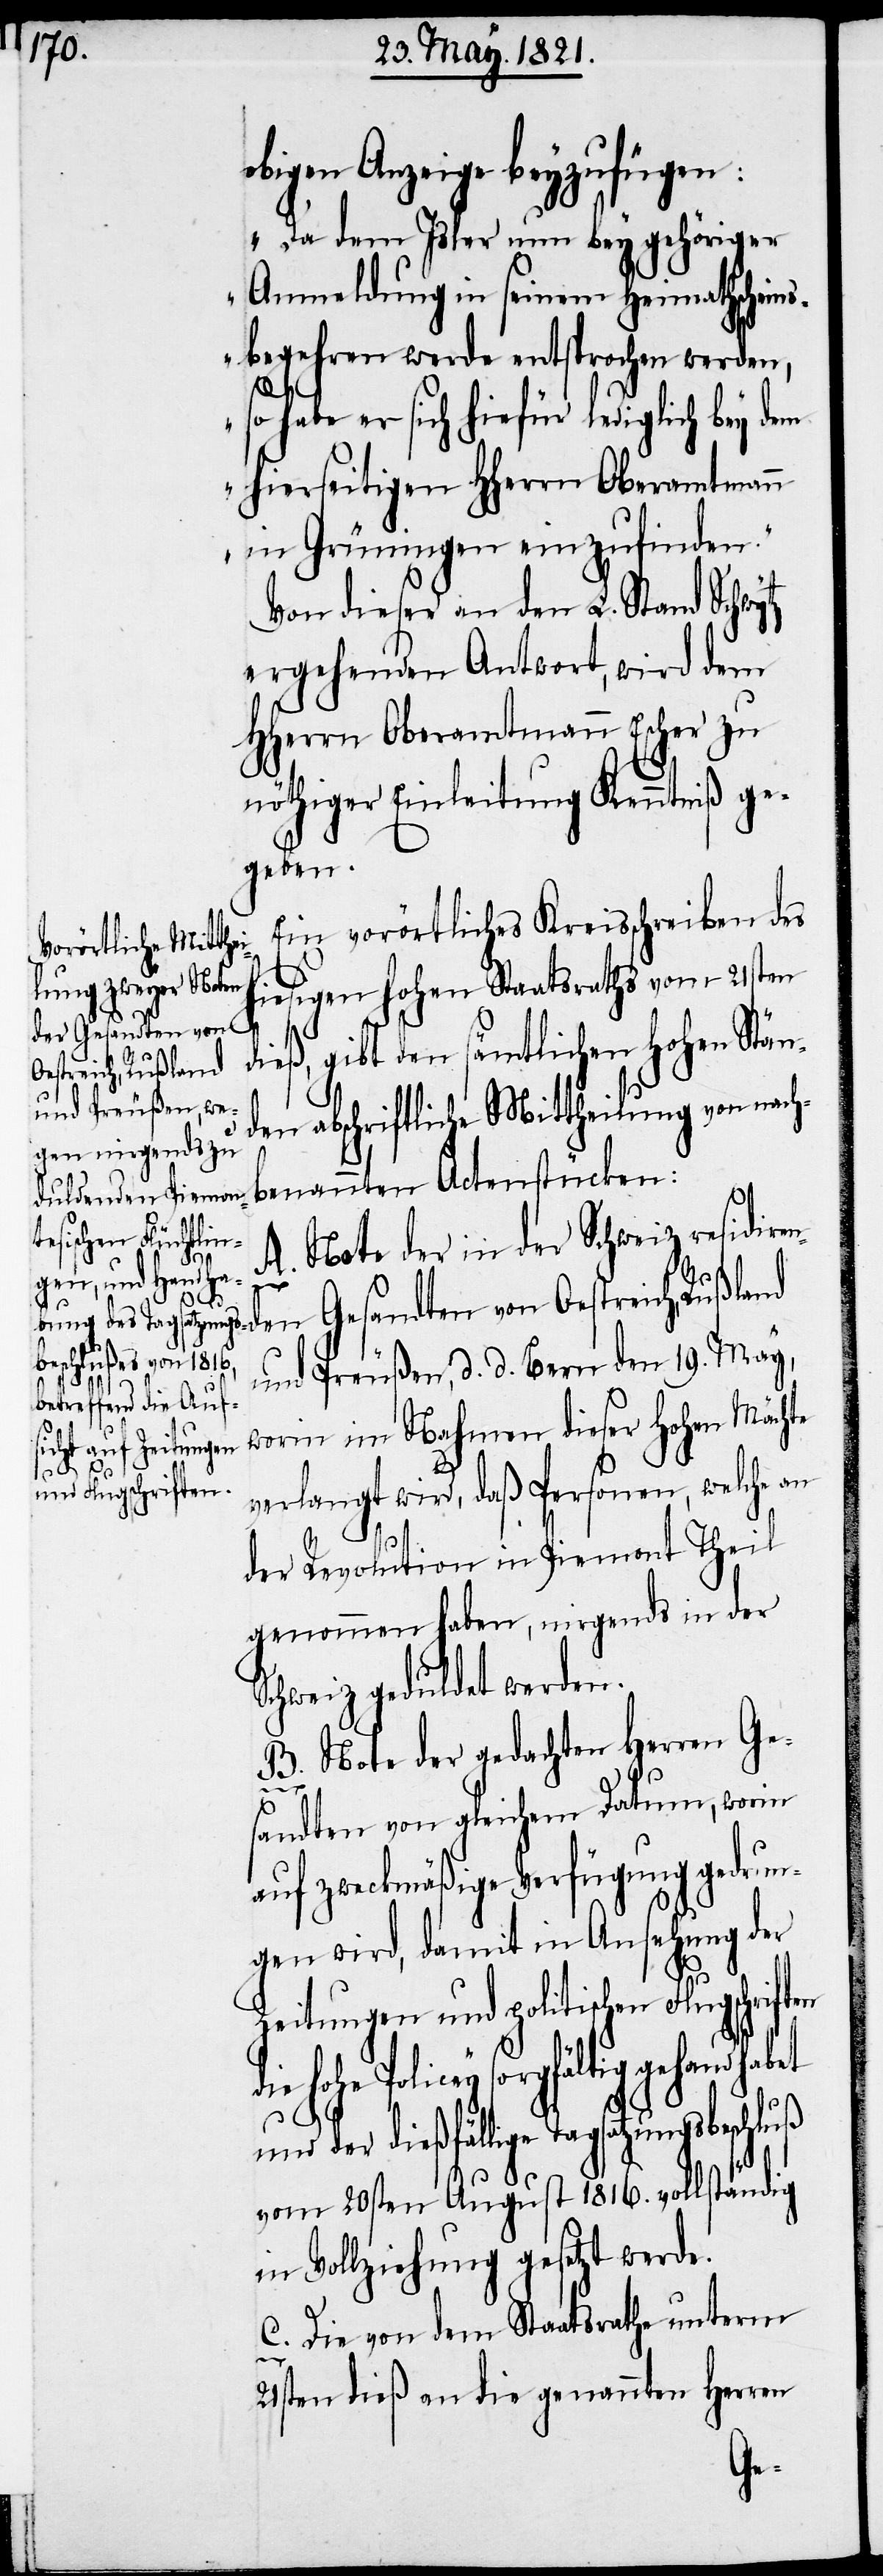
obigen Anzeige beyzufügen:
„Da dem Isler nun bey gehöriger
Anmeldung in seinem Heimathscheins¬
begehren werde entsprochen werden,
so habe er sich hiefür lediglich bey dem
hierseitigen HHerrn Oberamtmann
in Grüningen einzufinden.“
Von dieser an den L. Stand Schwy¬
ergehenden Antwort, wird dem
HHerrn Oberamtmann Escher zu
nöthiger Einleitung Kenntniß ge¬
geben.
Ein vorörtliches Kreisschreiben des
hiesigen hohen Staatsraths vom 21sten
den Gesandten von
dieß, gibt den sämtlichen hohen Stän¬
Oestreich, Rußland
den abschriftliche Mittheilung von nach¬
benannten Actenstücken:
A. Note der in der Schweiz residiren¬
die
schluß
und Preußen, d. d. Bern den 19. May,
worin im Nahmen dieser hohen Mächte
n Flugschriften
verlangt wird, daß Personen, welche an
der Revolution in Piemont Theil
genommen haben, nirgends in der
Schweiz geduldet werden.
B. Note der gedachten Herren Ge¬
sandten von gleichem Datum, worin
auf zweckmäßige Verfügung gedrun¬
gen wird, damit in Ansehung der
Zeitungen und politische¬
Policey sorgfältig gehandhabt
nd der dießfällige Tagsatzungsbe¬
vom 20sten August 1816. vollständig
in Vollziehung gesetzt werden.
C. Die von dem Staatsrathe unterm
u¬
21sten dieß an die genannten Herren